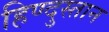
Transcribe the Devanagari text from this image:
हिण्दुस्तान